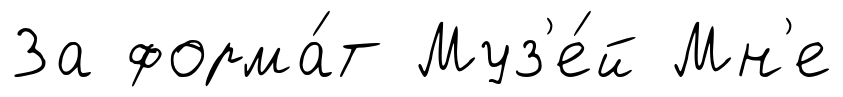
За форма́т Муз'е́й Мн'е